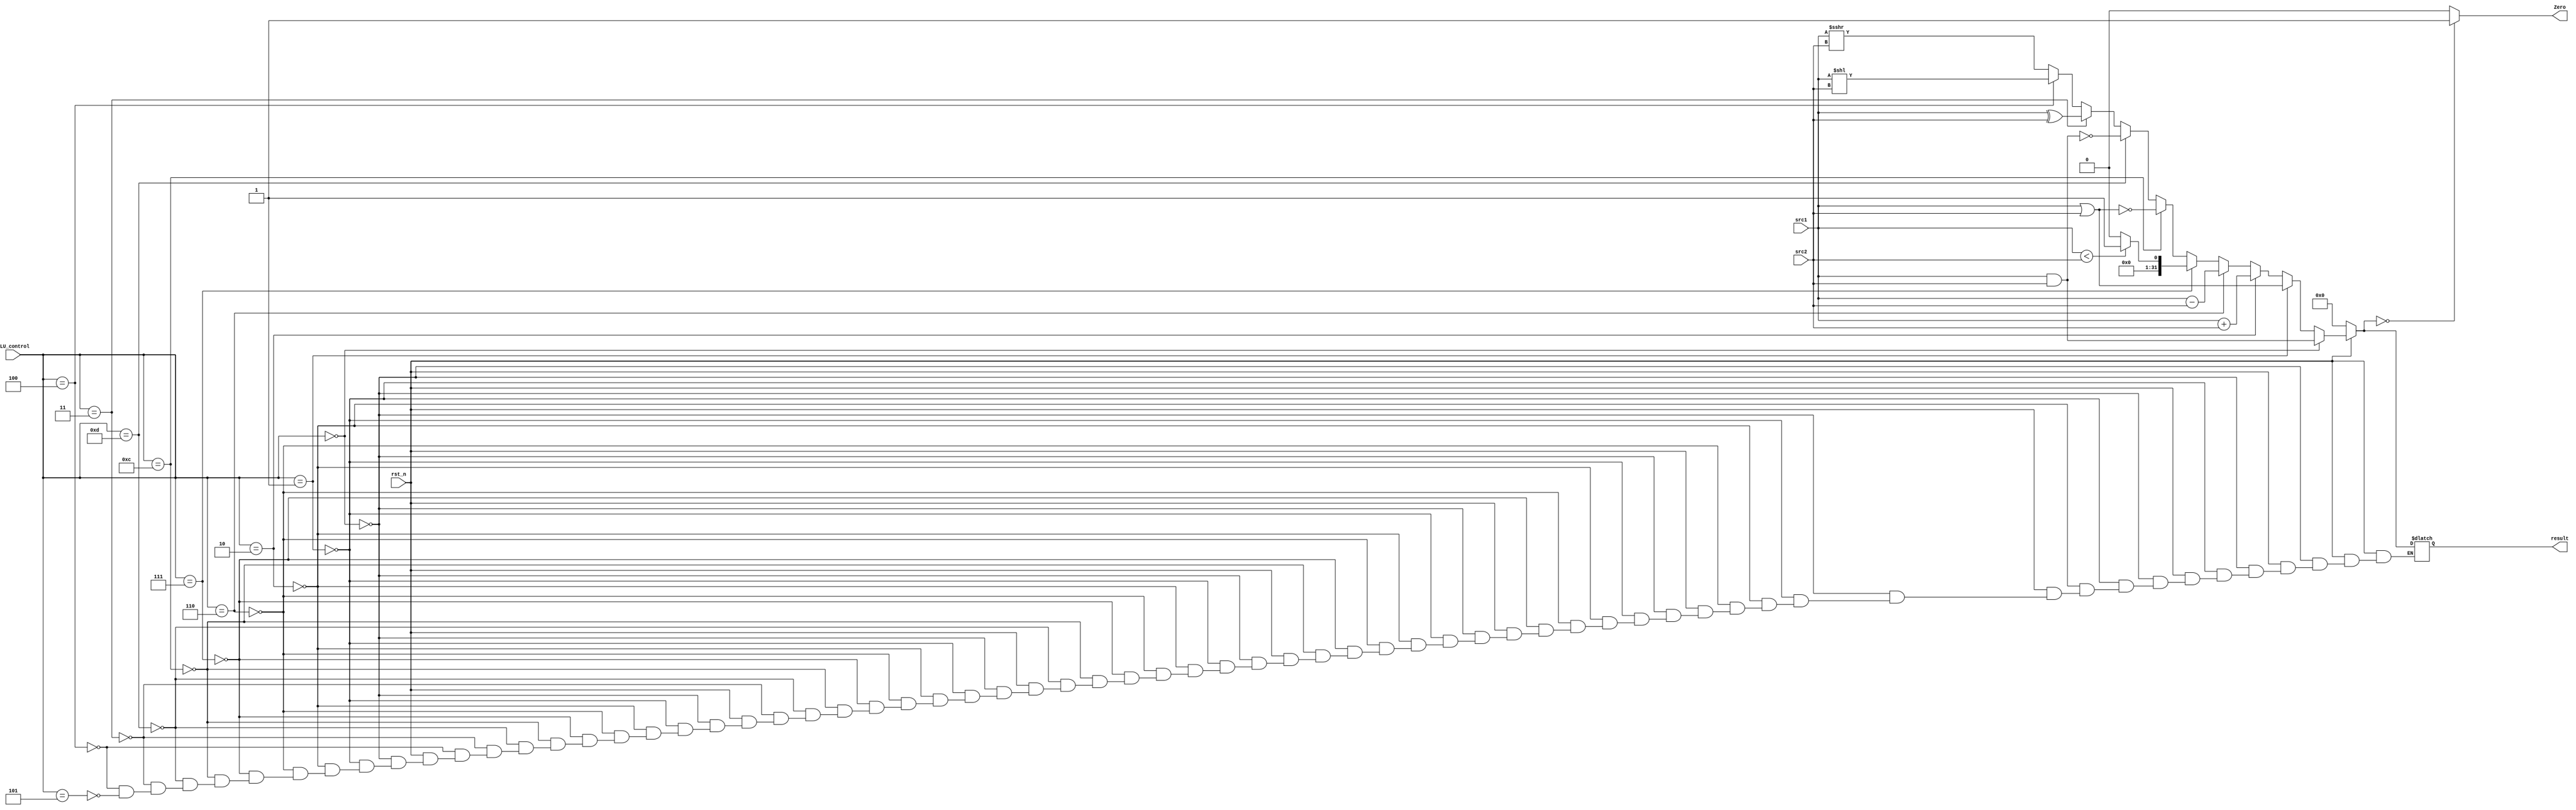
/***************************************************
Student Name:Shawn
Student ID: group17_0816095
***************************************************/
   `timescale 1ns/1ps

   module alu(
       input                   rst_n,         // negative reset            (input)
       input        [32-1:0]   src1,          // 32 bits source 1          (input)
       input        [32-1:0]   src2,          // 32 bits source 2          (input)
       input        [ 4-1:0]   ALU_control,   // 4 bits ALU control input  (input)
       output reg   [32-1:0]   result,        // 32 bits result            (output)
       output               Zero          // 1 bit when the output is 0, zero must be set (output)
   );

    reg signed [32:0] temp;
	wire signed [31:0] s_src1;
	wire signed [31:0] s_src2;
    reg Zero_o;
    reg cout;
    assign Zero = Zero_o;
	assign s_src1 = src1;
	assign s_src2 = src2;
/* Write your code HERE */
	always@(*) begin

		if(~rst_n) begin // reset
			result = 0;
		end
		else if(ALU_control == 4'b0000) begin // And
			result = s_src1&s_src2;
			cout = 0;
		end
		else if(ALU_control == 4'b0001) begin // OR
			result = s_src1|s_src2;
			cout = 0;
		end
		else if(ALU_control == 4'b0010) begin // addition
			temp = s_src1 + s_src2;
			result = s_src1 + s_src2;
			if(temp[32] == 1) begin
				cout = 1;
			end
			else begin
				cout = 0;
			end
		end
		else if(ALU_control == 4'b0110) begin // Subtract
			temp = s_src1 - s_src2;
			result = s_src1 - s_src2;
			if(temp[32] == 1) begin
				cout = 1;
			end
			else begin
				cout = 0;
			end
		end
		else if(ALU_control == 4'b0111) begin // Set les than
			temp = s_src1 - s_src2;
			if(s_src1 < s_src2) begin
				result = 1;
			end
			else begin
				result = 0;
			end
			cout = 0;
		end
		else if(ALU_control == 4'b1100) begin // NOR
			result = ~(s_src1 | s_src2);
			cout = 0;
		end
		else if(ALU_control == 4'b1101) begin // NAND
			result = ~(s_src1 & s_src2);
			cout = 0;
		end
		else if(ALU_control == 4'b0011) begin // XOR ALU_control == 3
			result = s_src1 ^ s_src2;
			cout = 0;
		end
		else if(ALU_control == 4'b0100) begin // Shift Left Logical ALU_control == 4
			result = s_src1 << s_src2;
			cout = 0;
		end
		else if(ALU_control == 4'b0101) begin // Shift Right Arithmetic ALU_control == 5
			result = s_src1 >>> s_src2;
			cout = 0;
		end


		if(result == 0) begin // Z
			Zero_o = 1;
		end
		else begin
			Zero_o = 0;
		end

	end

   endmodule